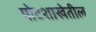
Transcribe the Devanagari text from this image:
पोटशाखेतील